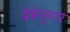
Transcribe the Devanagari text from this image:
देवेन्गर